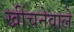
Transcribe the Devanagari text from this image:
खींचनेवाले